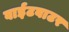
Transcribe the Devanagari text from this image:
वाईटवाटर